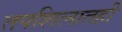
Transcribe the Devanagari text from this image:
तपशिलातही